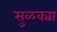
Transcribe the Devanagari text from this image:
सुळक्या